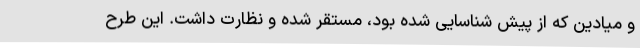
و میادین که از پیش شناسایی شده بود، مستقر شده و نظارت داشت. این طرح